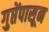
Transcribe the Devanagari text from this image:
गुप्तेंपासून